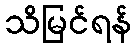
သိမြင်ရန်